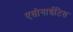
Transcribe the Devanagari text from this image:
एसोनाईटिस